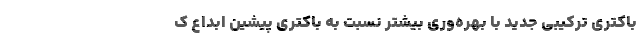
باكتری تركیبی جدید با بهره‌وری بیشتر نسبت به باكتری پیشین ابداع ك